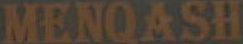
MENQASH